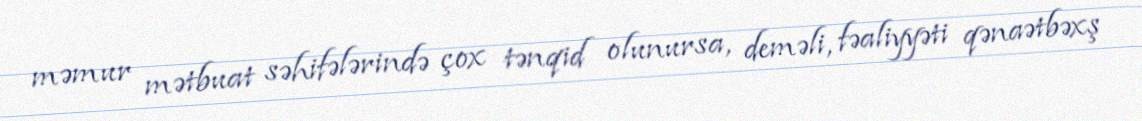
məmur mətbuat səhifələrində çox tənqid olunursa, deməli, fəaliyyəti qənaətbəxş